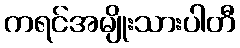
ကရင်အမျိုးသားပါတီ